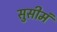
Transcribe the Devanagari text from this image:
सुसीमं